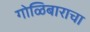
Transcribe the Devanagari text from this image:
गोळिबाराचा